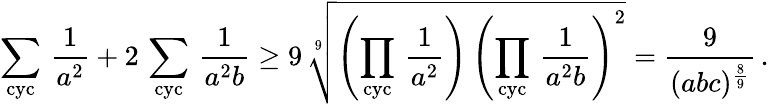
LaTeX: \sum_{\mathrm{cyc}}\, \frac{1}{a^{2}}+2\, \sum_{\mathrm{cyc}}\, \frac{1}{a^{2}b}\geq 9\, \sqrt[9]{\left(\prod_{\mathrm{cyc}}\, \frac{1}{a^{2}}\right)\, \left(\prod_{\mathrm{cyc}}\, \frac{1}{a^{2}b}\right)^{2}}=\frac{9}{(abc)^{\frac{8}{9}}}\, .